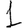
Digit: 1